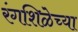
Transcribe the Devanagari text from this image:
रंगशिळेच्या